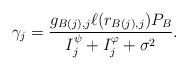
LaTeX: \begin{align*}\gamma_{j} = \frac{ g_{B(j),j} \ell(r_{B(j),j}) P_B }{ I^\psi_{j} + I^\varphi_{j} + \sigma^2 }.\end{align*}